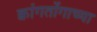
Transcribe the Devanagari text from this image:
क्वांगतोंगाच्या